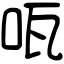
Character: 咓